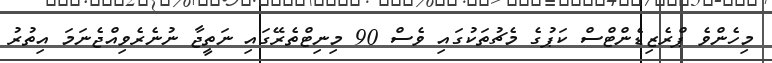
މިހެންވެ ޕްރެޒިޑެންޓްސް ކަޕުގެ މެޗުތަކުގައި ވެސް 90 މިނިޓްތެރޭގައި ނަތީޖާ ނުނެރެވިއްޖެނަމަ އިތުރު